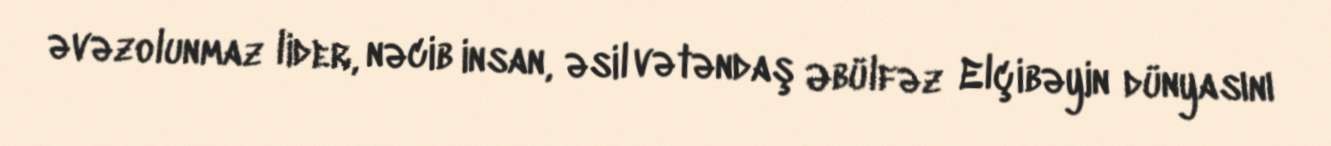
əvəzolunmaz lider, nəcib insan, əsil vətəndaş Əbülfəz Elçibəyin dünyasını